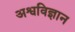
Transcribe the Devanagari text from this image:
अश्वविज्ञान